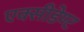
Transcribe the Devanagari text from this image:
एक्सीडेण्ट